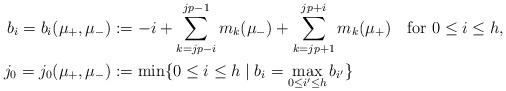
LaTeX: \begin{align*}b_i=b_i(\mu_+,\mu_-) &:= -i+\sum_{k=jp-i}^{jp-1}m_k(\mu_-)+\sum_{k=jp+1}^{jp+i}m_k(\mu_+)\quad\textrm{for $0\leq i\leq h$},\\j_0=j_0(\mu_+,\mu_-) &:= \min \{0\leq i\leq h\mid b_i=\max_{0\leq i'\leq h}b_{i'}\}\end{align*}